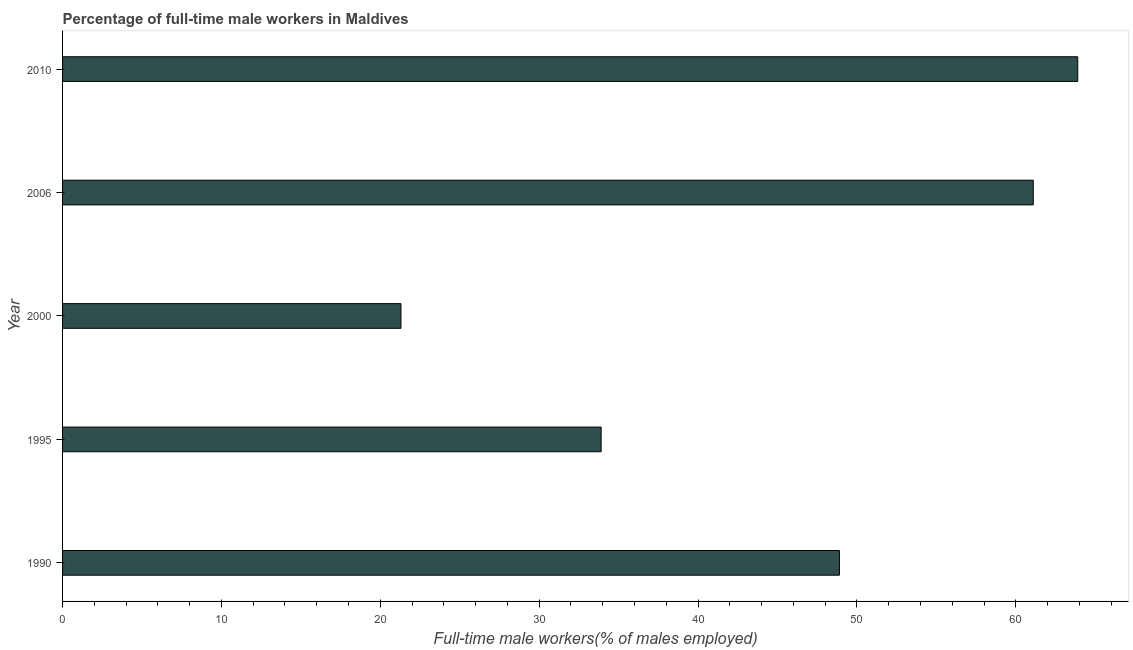
| Year | Wage and salary workers |
 | --- | --- |
 | 1990 | 48.9 |
 | 1995 | 33.9 |
 | 2000 | 21.3 |
 | 2006 | 61.1 |
 | 2010 | 63.9 |